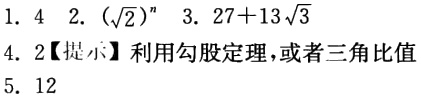
1. \(4\) 2. \((\sqrt{2})^{n}\) 3. \(27 + 13\sqrt{3}\)
4. \(2\)【提示】利用勾股定理，或者三角比值
5. \(12\)